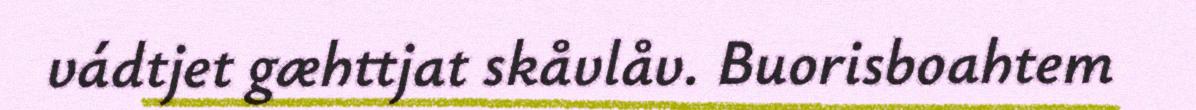
vádtjet gæhttjat skåvlåv. Buorisboahtem